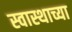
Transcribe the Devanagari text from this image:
स्वास्थाच्या